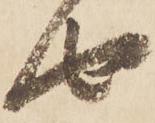
由